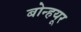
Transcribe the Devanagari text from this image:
बोन्हयूर